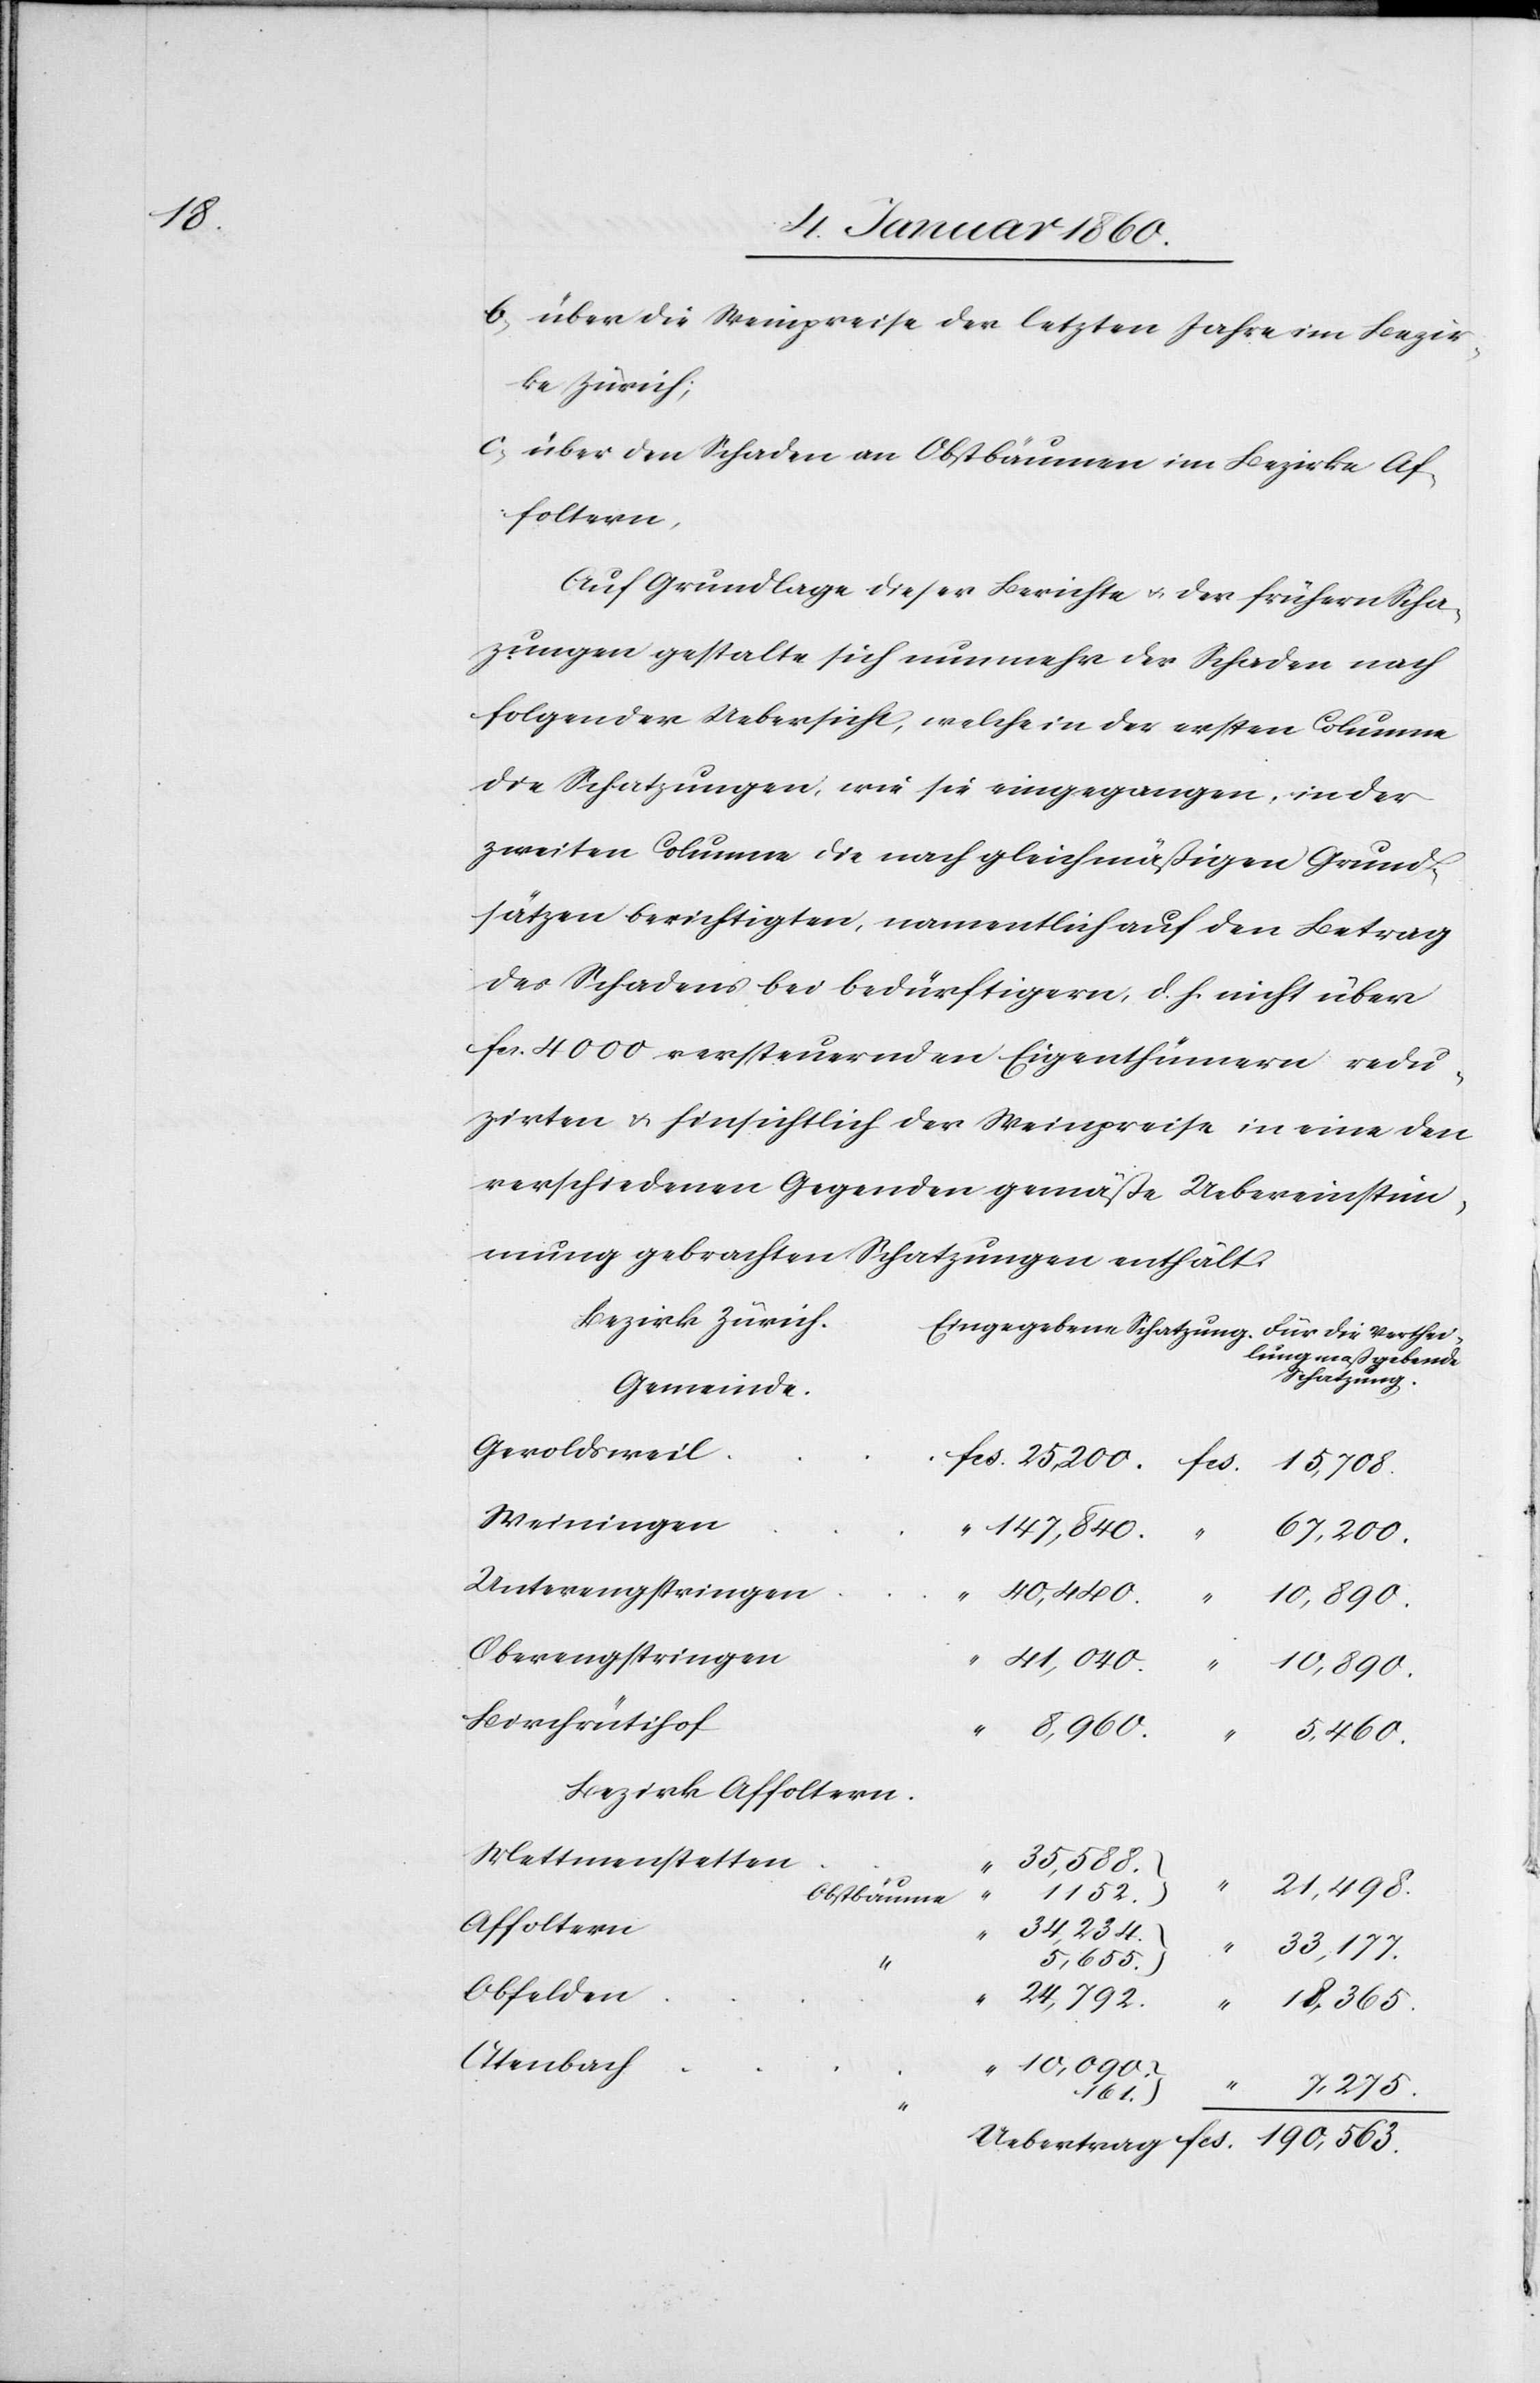
b. über die Weinpreise der letzten Jahre im Bezir¬
ke Zürich;
c. über den Schaden an Obstbäumen im Bezirk Af¬
foltern,
Auf Grundlage dieser Berichte u. der frühern Scha¬
zungen gestalte sich nunmehr der Schaden nach
folgender Uebersicht, welche in der ersten Columne
die Schatzungen, wie sie eingegangen, in der
zweiten Columne die nach gleichmäßigen Grund¬
sätzen berichtigten, namentlich auf den Betrag
des Schadens bei bedürftigern, d. h. nicht über
fcs. 4000. versteuernden Eigenthümern redu¬
zirten u. hinsichtlich der Weinpreise in eine den
verschiedenen Gegenden gemässe Uebereinstim¬
mung gebrachten Schatzungen enthält.
Bezirk Zürich
Schatzung
Gemeinde
Geroldsweil
Weiningen
Unterengstringen
Oberengstringen
41,040.
“
10,090.
Kirchrütihof
Bezirk Affoltern
Mettmenstetten
“
1152.
Obstbäume
Affoltern
34,234.
5,655.
Obfelden
Otenbach
fcs.
7,275.